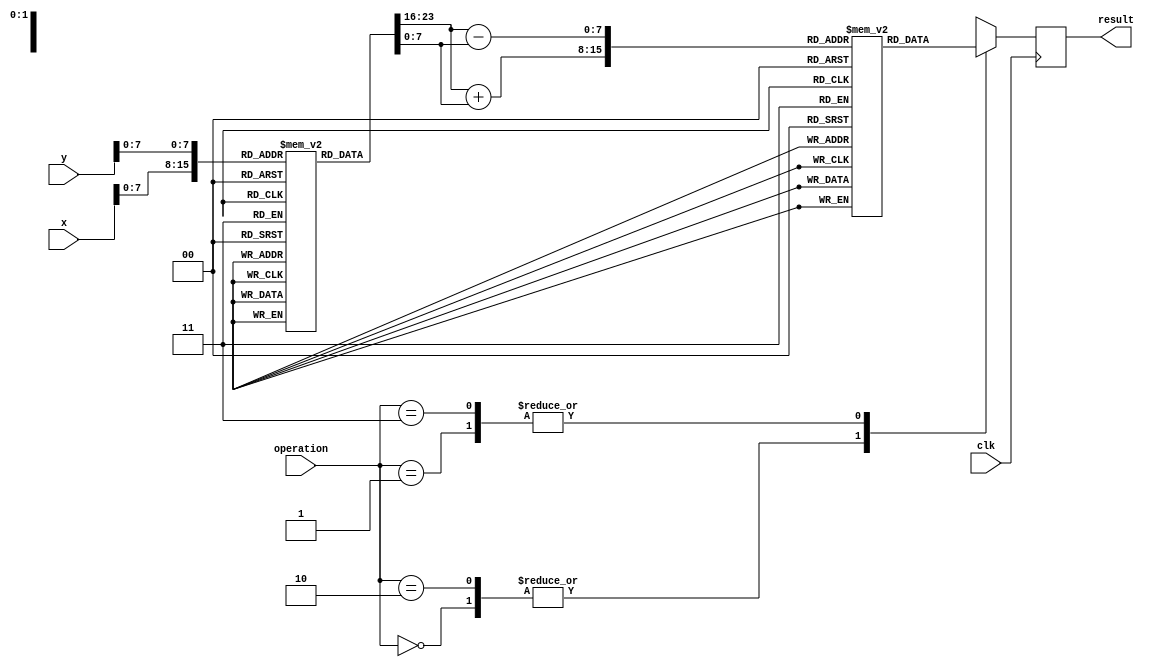
module LogarithmBasedDSPU (
    input wire [15:0] x, // Input signal x
    input wire [15:0] y, // Input signal y
    input wire [1:0] operation, // Operation selector: 00 - Add, 01 - Sub, 10 - Mul, 11 - Div
    input wire clk, // Clock signal
    output reg [15:0] result // Output result
);

    // Logarithm and Anti-logarithm Lookup Tables (LUTs)
    reg [15:0] log_table [0:255]; // Example size, adjust as needed
    reg [15:0] anti_log_table [0:255]; // Example size, adjust as needed

    // Initialize LUTs (example values, should be filled with actual logarithmic values)
    initial begin
        // Fill log_table and anti_log_table with appropriate values
        // log_table[i] = log2(i) * scale_factor; // Example for base 2
        // anti_log_table[i] = 2^i / scale_factor; // Example for base 2
    end

    // Logarithm unit
    function [15:0] log_function(input [15:0] value);
        begin
            // Simple example: lookup log value
            log_function = log_table[value[7:0]]; // Assuming value fits in LUT
        end
    endfunction

    // Anti-logarithm unit
    function [15:0] anti_log_function(input [15:0] log_value);
        begin
            // Simple example: lookup anti-log value
            anti_log_function = anti_log_table[log_value[7:0]]; // Assuming value fits in LUT
        end
    endfunction

    // Arithmetic operations based on logarithmic properties
    always @(posedge clk) begin
        case (operation)
            2'b00: // Addition
                result <= anti_log_function(log_function(x) + log_function(y));
            2'b01: // Subtraction
                result <= anti_log_function(log_function(x) - log_function(y));
            2'b10: // Multiplication
                result <= anti_log_function(log_function(x) + log_function(y));
            2'b11: // Division
                result <= anti_log_function(log_function(x) - log_function(y));
            default: 
                result <= 16'h0000; // Default case
        endcase
    end

endmodule